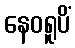
နေဝရူပိံ